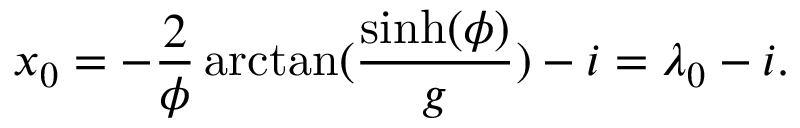
x _ { 0 } = - \frac { 2 } { \phi } \arctan ( \frac { \sinh ( \phi ) } { g } ) - i = \lambda _ { 0 } - i .